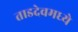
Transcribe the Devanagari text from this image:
ताडदेवमध्ये